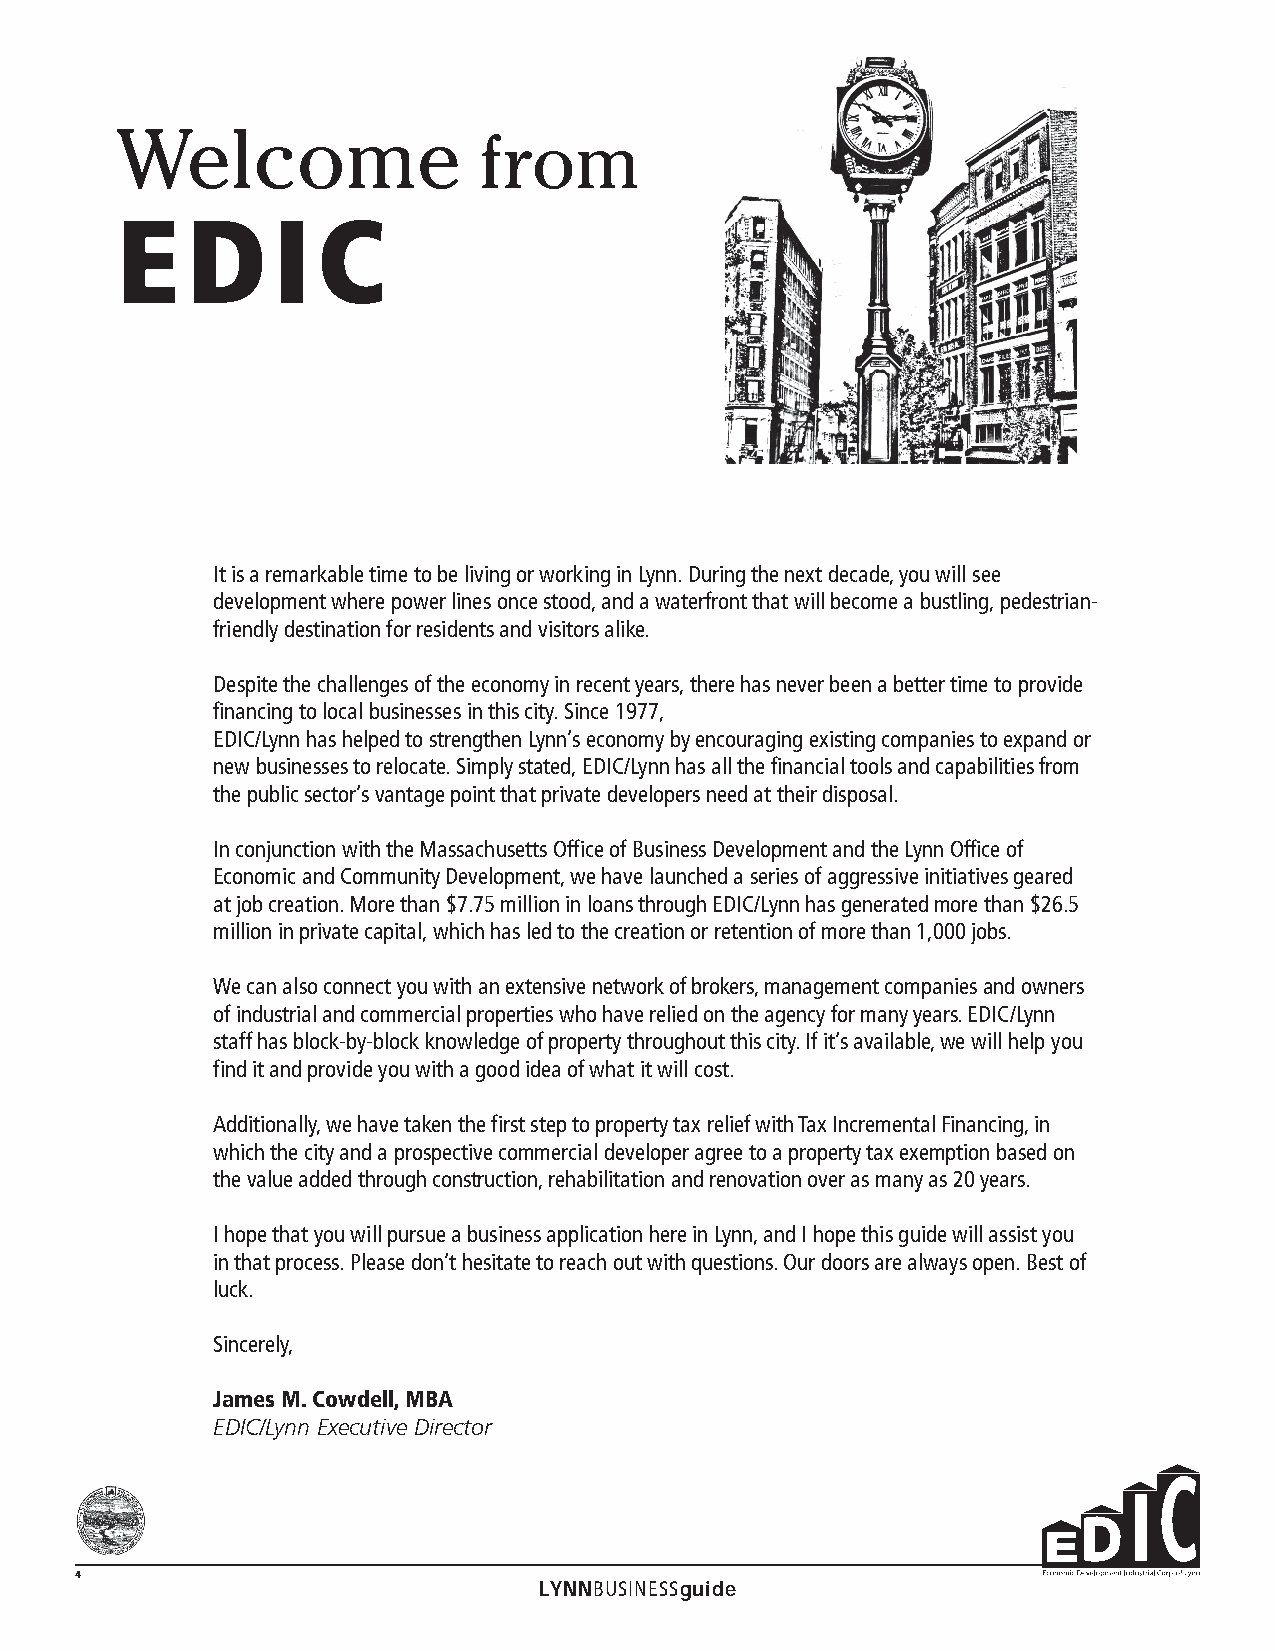
Welcome                 from
 E   D     I  C
 It is a remarkable time to be living or working in Lynn. During the next decade, you will see
 development where power lines once stood, and a waterfront that will become a bustling, pedestrian-
 friendly destination for residents and visitors alike.
 Despite the challenges of the economy in recent years, there has never been a better time to provide
 financing to local businesses in this city. Since 1977,
 EDIC/Lynn has helped to strengthen Lynn’s economy by encouraging existing companies to expand or
 new businesses to relocate. Simply stated, EDIC/Lynn has all the financial tools and capabilities from
 the public sector’s vantage point that private developers need at their disposal.
 In conjunction with the Massachusetts Office of Business Development and the Lynn Office of
 Economic and Community Development, we have launched a series of aggressive initiatives geared
 at job creation. More than $7.75 million in loans through EDIC/Lynn has generated more than $26.5
 million in private capital, which has led to the creation or retention of more than 1,000 jobs.
 We can also connect you with an extensive network of brokers, management companies and owners
 of industrial and commercial properties who have relied on the agency for many years. EDIC/Lynn
 staff has block-by-block knowledge of property throughout this city. If it’s available, we will help you
 find it and provide you with a good idea of what it will cost.
 Additionally, we have taken the first step to property tax relief with Tax Incremental Financing, in
 which the city and a prospective commercial developer agree to a property tax exemption based on
 the value added through construction, rehabilitation and renovation over as many as 20 years.
 I hope that you will pursue a business application here in Lynn, and I hope this guide will assist you
 in that process. Please don’t hesitate to reach out with questions. Our doors are always open. Best of
 luck.
 Sincerely,
 James M. Cowdell, MBA
 EDIC/Lynn Executive Director
 4
 LYNNBUSINESSguide